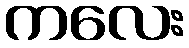
ကလေး